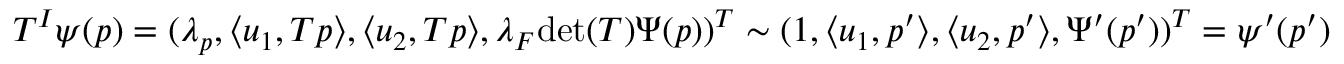
\begin{array} { r } { T ^ { I } \psi ( p ) = ( \lambda _ { p } , \langle u _ { 1 } , T p \rangle , \langle u _ { 2 } , T p \rangle , \lambda _ { F } \mathrm { d e t } ( T ) \Psi ( p ) ) ^ { T } \sim ( 1 , \langle u _ { 1 } , p ^ { \prime } \rangle , \langle u _ { 2 } , p ^ { \prime } \rangle , \Psi ^ { \prime } ( p ^ { \prime } ) ) ^ { T } = \psi ^ { \prime } ( p ^ { \prime } ) } \end{array}